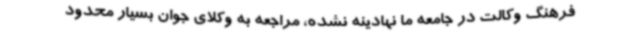
فرهنگ وکالت در جامعه ما نهادینه نشده، مراجعه به وکلای جوان بسیار محدود